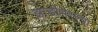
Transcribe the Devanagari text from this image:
झाडीभरल्या